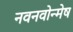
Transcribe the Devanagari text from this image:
नवनवोन्मेष